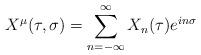
LaTeX: \begin{align*}X^{\mu}(\tau, \sigma) = \sum_{n=-\infty}^{\infty} X_{n}(\tau) e^{in\sigma}\end{align*}